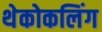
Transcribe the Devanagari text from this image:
थेकोकलिंग